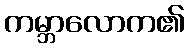
ကမ္ဘာလောက၏